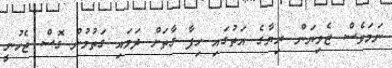
ނަމަވެސް ޒެވިޔަން ރިޔާގެ އަތުގައި ހިފާ ގާތަށް ދަމައި ގަތުމުން ގޮސް ޖެހުނީ